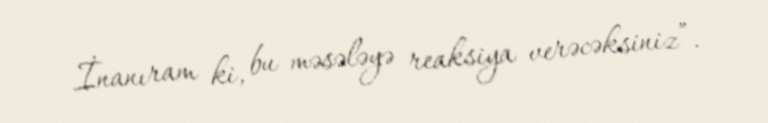
İnanıram ki, bu məsələyə reaksiya verəcəksiniz”.